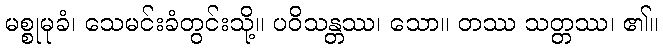
မစ္စုမုခံ၊ သေမင်းခံတွင်းသို့။ ပဝိသန္တဿ၊ သော။ တဿ သတ္တဿ၊ ၏။